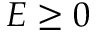
E \ge 0